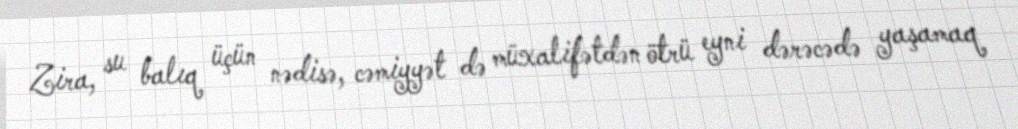
Zira, su balıq üçün nədisə, cəmiyyət də müxalifətdən ötrü eyni dərəcədə yaşamaq